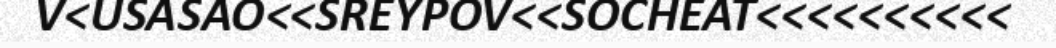
V<USASAO<<SREYPOV<<SOCHEAT<<<<<<<<<<